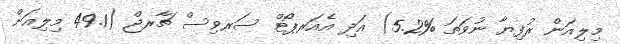
މިލިއަން ރުފިޔާ ނުވަތަ %5.2) އަދި އެއަރޕޯޓް ސަރވިސް ޗާރޖް (49.1 މިލިއަން